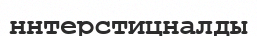
ннтерстицналды